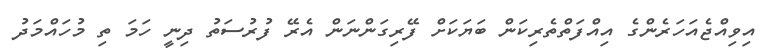
އިވިއްޖެއަހަރެންގެ އިއްފަތްތެރިކަން ބަޔަކަށް ފޭރިގަންނަން އެރޭ ފުރުސަތު ދިނީ ހަމަ ތި މުހައްމަދު